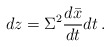
\begin{align*} dz=\Sigma^2\frac{d\bar x}{dt}dt \:.\end{align*}